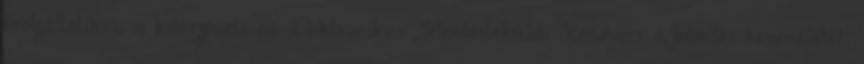
szolgáltatókra is kiterjeszti az Elektronikus Jelentésbeküldő Rendszer eJelentés használatát.